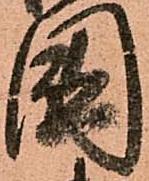
國